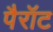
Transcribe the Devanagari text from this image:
पैरॉट